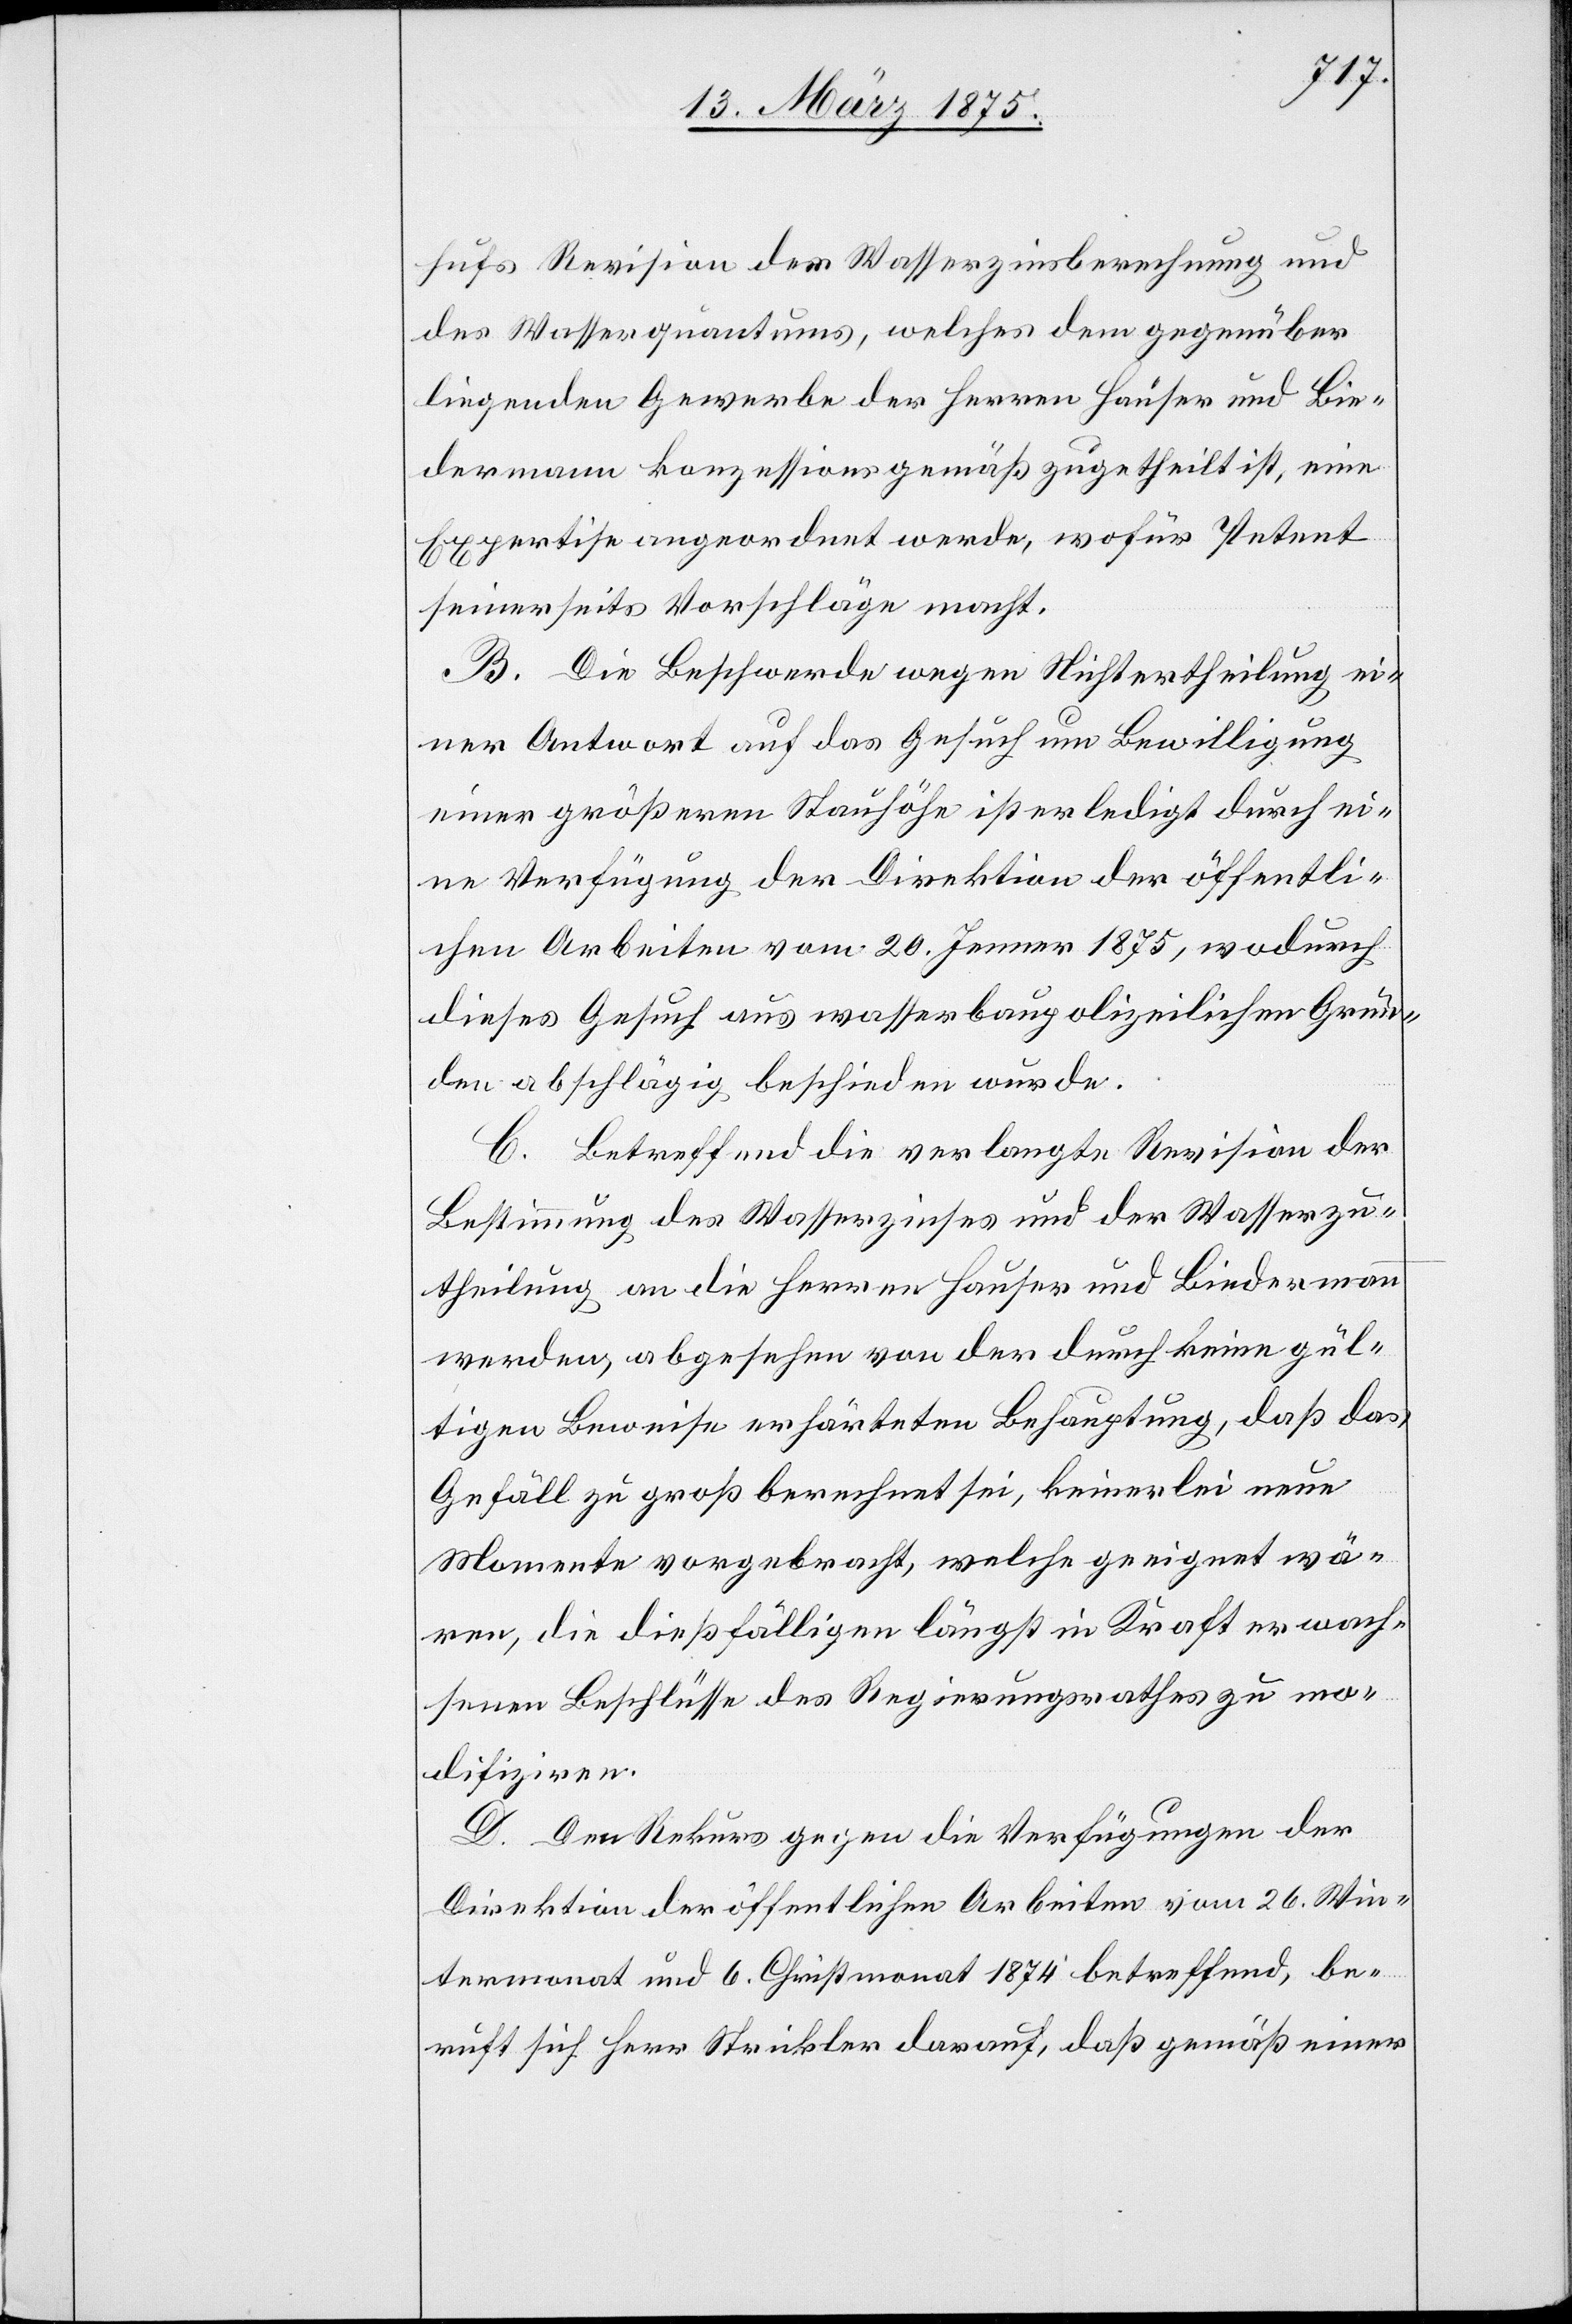
hufs Revision der Wasserzinsberechnung und
des Wasserquantums, welches dem gegenüber¬
liegende Gewerbe der Herren Hauser und Bie¬
dermann konzessionsgemäß zugetheilt ist, eine
Expertise angeordnet werde, wofür Petent
seinerseits Vorschläge macht.
B. Die Beschwerde wegen Nichtertheilung ei¬
ner Antwort auf das Gesuch um Bewilligung
einer größeren Stauhöhe ist erledigt durch ei¬
ne Verfügung der Direktion der öffentli¬
chen Arbeiten vom 20. Jenner 1875, wodurch
dieses Gesuch aus wasserbaupolizeilichen Grün¬
den abschlägig beschieden würde.
C. Betreffend die verlangte Revision der
Bestimmung des Wasserzinses und der Wasserzu¬
theilung an die Herren Hauser und Biedermann
werden, abgesehen von der durch keine gül¬
tigen Beweise erhärteten Behauptung, daß das
Gefäll zu groß berechnet sei, keinerlei neue
Momente vorgebracht, welche geeignet wä¬
ren, die dießfälligen längst in Kraft erwach¬
senen Beschlüsse des Regierungsrathes zu mo¬
difiziren.
D. Den Rekurs gegen die Verfügungen der
Direktion der öffentlichen Arbeiten vom 26. Win¬
termonat und 6. Christmonat 1874 betreffend, be¬
ruft sich Herr Strickler darauf, daß gemäß einer